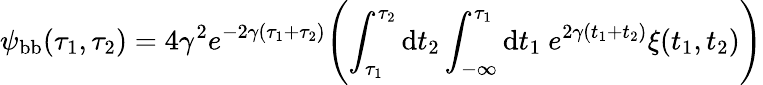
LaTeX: \psi_{\mathrm{bb}}(\tau_{1},\tau_{2})=4\gamma^{2}e^{-2\gamma(\tau_{1}+\tau_{2})}\Biggl(\int_{\tau_{1}}^{\tau_{2}}\mathrm{d}t_{2}\int_{-\infty}^{\tau_{1}}\mathrm{d}t_{1}~e^{2\gamma(t_{1}+t_{2})}\xi(t_{1},t_{2})\Biggl)